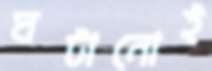
ঘটানোই